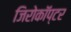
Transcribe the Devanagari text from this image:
जिरोकॉप्टर